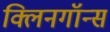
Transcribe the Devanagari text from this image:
क्लिनगॉन्स